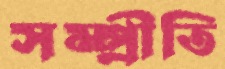
সম্প্রীতি